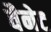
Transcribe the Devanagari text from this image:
वैनेट